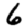
Digit: 6